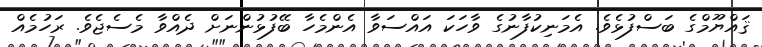
ޤައްޔޫމްގެ ބަސްފުޅެވެ. އެމަނިކުފާނުގެ ވާހަކަ އައްސަވާ އެންމެހާ ބޭފުޅުންނަށް ދެއްވާ މެސެޖެވެ. ރަހުމެއް